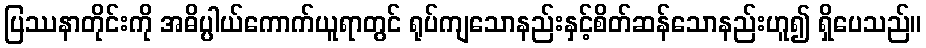
ပြဿနာတိုင်းကို အဓိပ္ပါယ်ကောက်ယူရာတွင် ရုပ်ကျသောနည်းနှင့်စိတ်ဆန်သောနည်းဟူ၍ ရှိပေသည်။